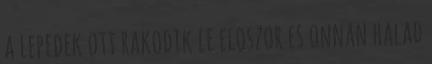
a lepedek ott rakodik le eloszor es onnan halad